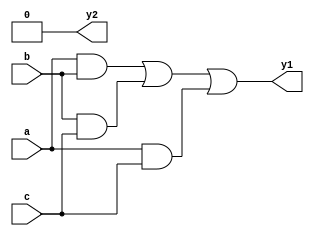
module top ( y1 , y2 , a , b , c );
input a , b , c ;
output y1 , y2 ;
wire g1 , g2 , g3 , g4 , g5 ;

and ( g1 , a , b );
and ( g2 , b , c );
or ( g3 , g1 , g2 );
and ( g4 , a , c );
or ( y1 , g3 , g4 );
buf ( g5 , 1'b0 );
buf ( y2 , g5 );

endmodule